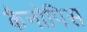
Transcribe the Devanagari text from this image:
कैनोपिस